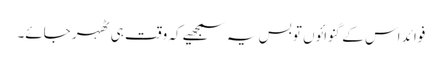
فوائد اس کے گنوائوں تو بس یہ سمجھیے کہ وقت ہی ٹھہر جائے۔